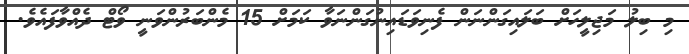
މި ބިލު މަޖިލީހަށް ބަލައިގަންނަން ފެނިވަޑައިނުގަންނަވާ ކަމަށް 15 މެންބަރުންވަނީ ވޯޓް ދެއްވާފައެވެ.